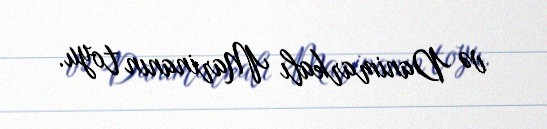
və Danimarkalı Marinanın toyu.